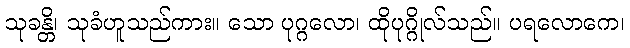
သုခန္တိ၊ သုခံဟူသည်ကား။ သော ပုဂ္ဂလော၊ ထိုပုဂ္ဂိုလ်သည်။ ပရလောကေ၊